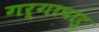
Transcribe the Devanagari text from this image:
गर्गापारु